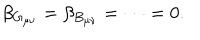
\beta _ { G _ { \mu \nu } } = \beta _ { B _ { \mu \nu } } = \cdots = 0 .